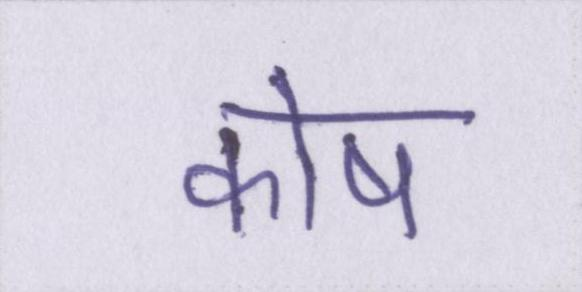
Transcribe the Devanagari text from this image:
कोष